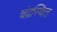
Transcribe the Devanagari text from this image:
चंद्रस्थित